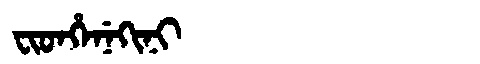
Manchu: ᠸᡳᡨᡥᡝᠨᡝᡴᡳᠨᡳ
Romanization: FITHENEKINI